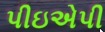
પીઇએપી